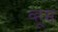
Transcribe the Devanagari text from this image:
व्हूम